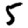
Digit: 5